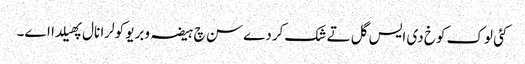
کئی لوک کوخ دی ایس گل تے شک کردے سن چ ہیضہ وبریو کولرا نال پھیلدا اے۔